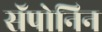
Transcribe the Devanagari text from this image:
सॅपोनिन